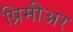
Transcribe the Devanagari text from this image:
प्रिमीअर